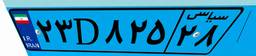
۲۳D۸۲۵۲۸